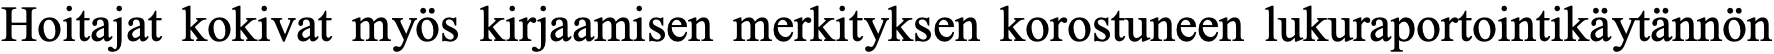
Hoitajat kokivat myös kirjaamisen merkityksen korostuneen lukuraportointikäytännön